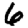
Digit: 6